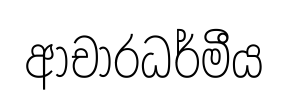
ආචාරධර්මීය